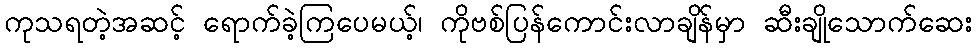
ကုသရတဲ့အဆင့် ရောက်ခဲ့ကြပေမယ့်၊ ကိုဗစ်ပြန်ကောင်းလာချိန်မှာ ဆီးချိုသောက်ဆေး